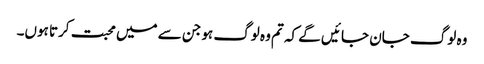
وہ لوگ جان جا ئیں گے کہ تم وہ لوگ ہو جن سے میں محبت کرتا ہوں۔